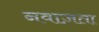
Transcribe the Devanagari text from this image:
नवाज़ता